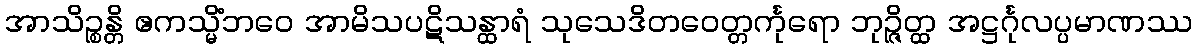
အာသိဉ္စန္တိ ဧကသ္မိံဘဝေ အာမိသပဋိသန္ထာရံ သုသေဒိတဝေတ္တင်္ကုရော ဘုဉ္ဇိတ္ထ အဋ္ဌင်္ဂုလပ္ပမာဏဿ